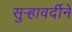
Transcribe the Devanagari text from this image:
सुर्‍हावर्दीने